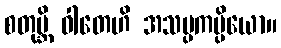
စတုဗ္ဘိ ဝါတေဟိ အသမ္ပကမ္ပိယော။